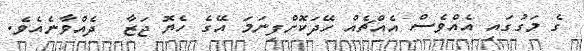
ގެ މަގުގައި އެއްވެސް އެއްޗެއް ހޭދަކޮށްފިނަމަ އޭގެ ހެޔޮ ޖަޒާ  ދެއްވާނެއެވެ.